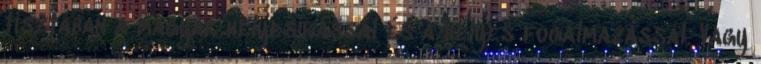
tisztában a magyar helyesirással és a helyes fogalmazással. Vagy